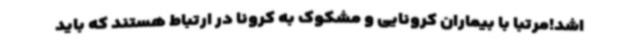
اشد!مرتبا با بیماران کرونایی و مشکوک به کرونا در ارتباط هستند که باید